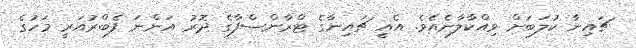
ޗައިނާ ކުލަބަށް ވިއްކާލާނެއެވެ. އެއީ ޗައިިނާގެ ޓްރާންސްފާގެ ދޮރު އަންނަ ފެބްރުއަރީ މަހުގެ